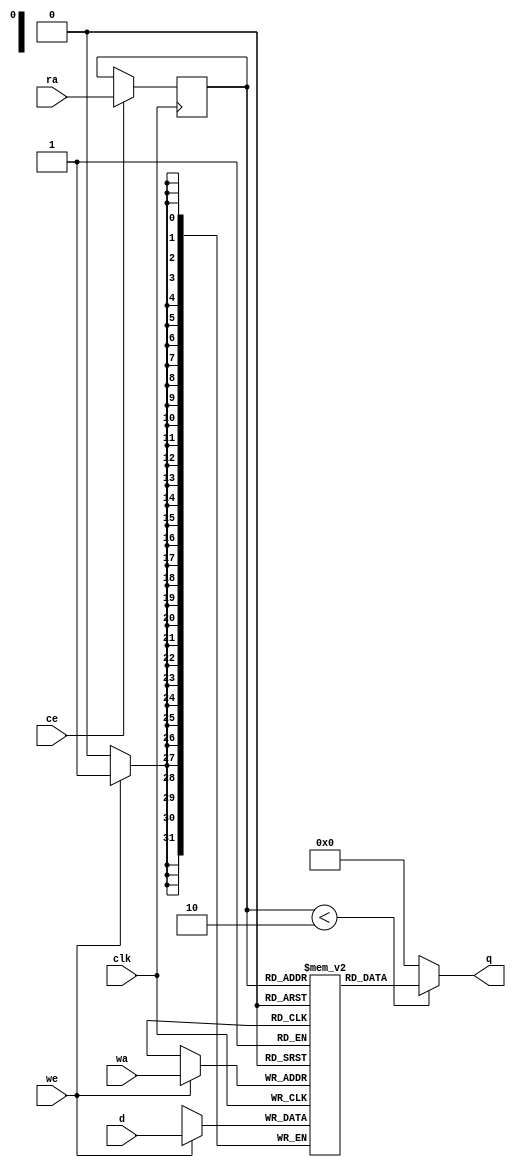
// ==============================================================
// File generated by AutoESL - High-Level Synthesis System (C, C++, SystemC)
// Version: 2011.1
// Copyright (C) 2011 Xilinx Inc. All rights reserved.
// 
// ==============================================================



`timescale 1 ns / 1 ps




module SURFdescriptor_dy_t_p0_core (q, ra, ce, clk
, d, wa, we);
   parameter READ_PORT_COUNT=32'd1;
   parameter WRITE_PORT_COUNT=32'd1;
   parameter DATA_WIDTH=32'd32;
   parameter ADDRESS_WIDTH=32'd1;
   parameter WORD_COUNT=32'd2;

   output [READ_PORT_COUNT*DATA_WIDTH-1:0] q;
   input [READ_PORT_COUNT*ADDRESS_WIDTH-1:0]  ra;
   input [READ_PORT_COUNT-1:0]  ce;
   input [WRITE_PORT_COUNT*DATA_WIDTH-1:0] d;
   input [WRITE_PORT_COUNT*ADDRESS_WIDTH-1:0] wa;
   input [WRITE_PORT_COUNT-1:0]               we;
   input                                      clk;

   integer                                    i,j,k;

   reg [DATA_WIDTH-1:0]                       mem [0:WORD_COUNT-1];
   reg [ADDRESS_WIDTH-1:0]                    rat;
   reg [ADDRESS_WIDTH-1:0]                    rai [READ_PORT_COUNT-1:0];
   reg [ADDRESS_WIDTH-1:0]                    rai_reg [READ_PORT_COUNT-1:0];
   reg [READ_PORT_COUNT*DATA_WIDTH-1:0]       qi;
   reg [DATA_WIDTH-1:0]                       qt;
   reg [DATA_WIDTH-1:0]                       di [WRITE_PORT_COUNT-1:0];
   reg [DATA_WIDTH-1:0]                       dt;
   reg [ADDRESS_WIDTH-1:0]                    wat;
   reg [ADDRESS_WIDTH-1:0]                    wai [WRITE_PORT_COUNT-1:0];


   initial begin
        mem[0] = 32'b00000000000000000000000000000000;
        mem[1] = 32'b00000000000000000000000000000000;
   end


   // Split input data
   always @ (d) begin
      for (i=0;i<WRITE_PORT_COUNT;i=i+1) begin
         for (j=0;j<DATA_WIDTH;j=j+1) begin
            dt[j]=d[i*DATA_WIDTH+j];
         end
         di[i]=dt;
      end
   end

   // Split write addresses
   always @ (wa) begin
      for (i=0;i<WRITE_PORT_COUNT;i=i+1) begin
         for (j=0;j<ADDRESS_WIDTH;j=j+1) begin
            wat[j]=wa[i*ADDRESS_WIDTH+j];
         end
         wai[i]=wat;
      end
   end

   // Write memory
   always @ (posedge clk) begin
     for (j=0;j<WRITE_PORT_COUNT;j=j+1) begin
        if (we[j]) begin
           mem[wai[j]] <= di[j];
        end
     end
   end

   // Split read addresses
   always @ (ra) begin
      for (i=0;i<READ_PORT_COUNT;i=i+1) begin
         for (j=0;j<ADDRESS_WIDTH;j=j+1) begin
            rat[j]=ra[i*ADDRESS_WIDTH+j];
         end
         rai[i]=rat;
      end
   end

   // guide read addresses using CE
   always @ (posedge clk) begin
      for (i=0;i<READ_PORT_COUNT;i=i+1) begin
         if ( ce[i] ) begin
            rai_reg[i] <= rai[i];
         end
      end
   end


   // Memory read
    genvar x;
    generate
        for (x = 0; x < READ_PORT_COUNT; x = x + 1) begin : gen_q
            assign q[x*DATA_WIDTH+DATA_WIDTH-1:x*DATA_WIDTH] = (rai_reg[x]<WORD_COUNT)?
                mem[rai_reg[x]] : {DATA_WIDTH{1'b0}};
        end
    endgenerate

endmodule


module SURFdescriptor_dy_t_p0 (
    address0,
    ce0,
    q0,
    we0,
    d0,


    clk);


parameter DataWidth = 32'd32;
parameter AddressRange = 32'd2;
parameter AddressWidth = 32'd1;

input[AddressWidth-1:0] address0;
input ce0;
output[DataWidth-1:0] q0;
input we0;
input[DataWidth-1:0] d0;
input clk;


reg[DataWidth-1:0] q0;
wire[1 * DataWidth - 1:0] mem_q;
wire[DataWidth - 1:0] mem_q0;
wire[1 - 1:0] mem_we;
wire[1 * DataWidth - 1:0] mem_d;
wire[1 * AddressWidth - 1:0] mem_wa;
wire[1 * AddressWidth - 1:0]  mem_ra;
wire[1 - 1:0]  mem_ce;


SURFdescriptor_dy_t_p0_core #(
    .READ_PORT_COUNT( 1 ),
    .WRITE_PORT_COUNT( 1 ),
    .DATA_WIDTH( DataWidth ),
    .ADDRESS_WIDTH( AddressWidth ),
    .WORD_COUNT( AddressRange ))
core_inst (
    .q( mem_q ),
    .ra( mem_ra ),
    .ce( mem_ce ),
    .d( mem_d ),
    .wa( mem_wa ),
    .we( mem_we ),
    .clk( clk ));


assign mem_q0 =  mem_q[1 * DataWidth - 1 : 0 * DataWidth];

always @ (mem_q0) begin
        q0 = mem_q0;
end

assign mem_ra = {address0};
assign mem_ce = {ce0};

assign mem_we[0] = we0;

assign mem_d = {d0};

assign mem_wa = {address0};

endmodule